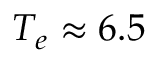
T _ { e } \approx 6 . 5